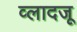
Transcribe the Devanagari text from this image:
व्लादजू